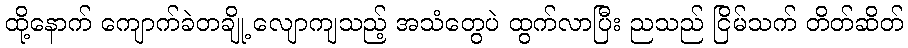
ထို့နောက် ကျောက်ခဲတချို့ လျောကျသည့် အသံတွေပဲ ထွက်လာပြီး ညသည် ငြိမ်သက် တိတ်ဆိတ်